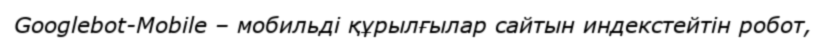
Googlebot-Mobile – мобильді құрылғылар сайтын индекстейтін робот,